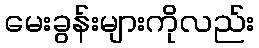
မေးခွန်းများကိုလည်း